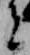
者